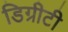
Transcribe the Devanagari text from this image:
डिग्रीटी